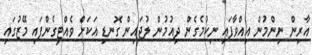
އާރިން ނިންމުން އިއްވާފައި ނިކުމެގެން ދިއުމުން ލުޖައިން ގޮނޑި އަކަށް ވެއްޓިގެންފައި މޭޒުގައި